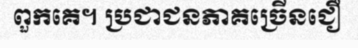
ពួកគេ។ ប្រជាជនភាគច្រើនជឿ